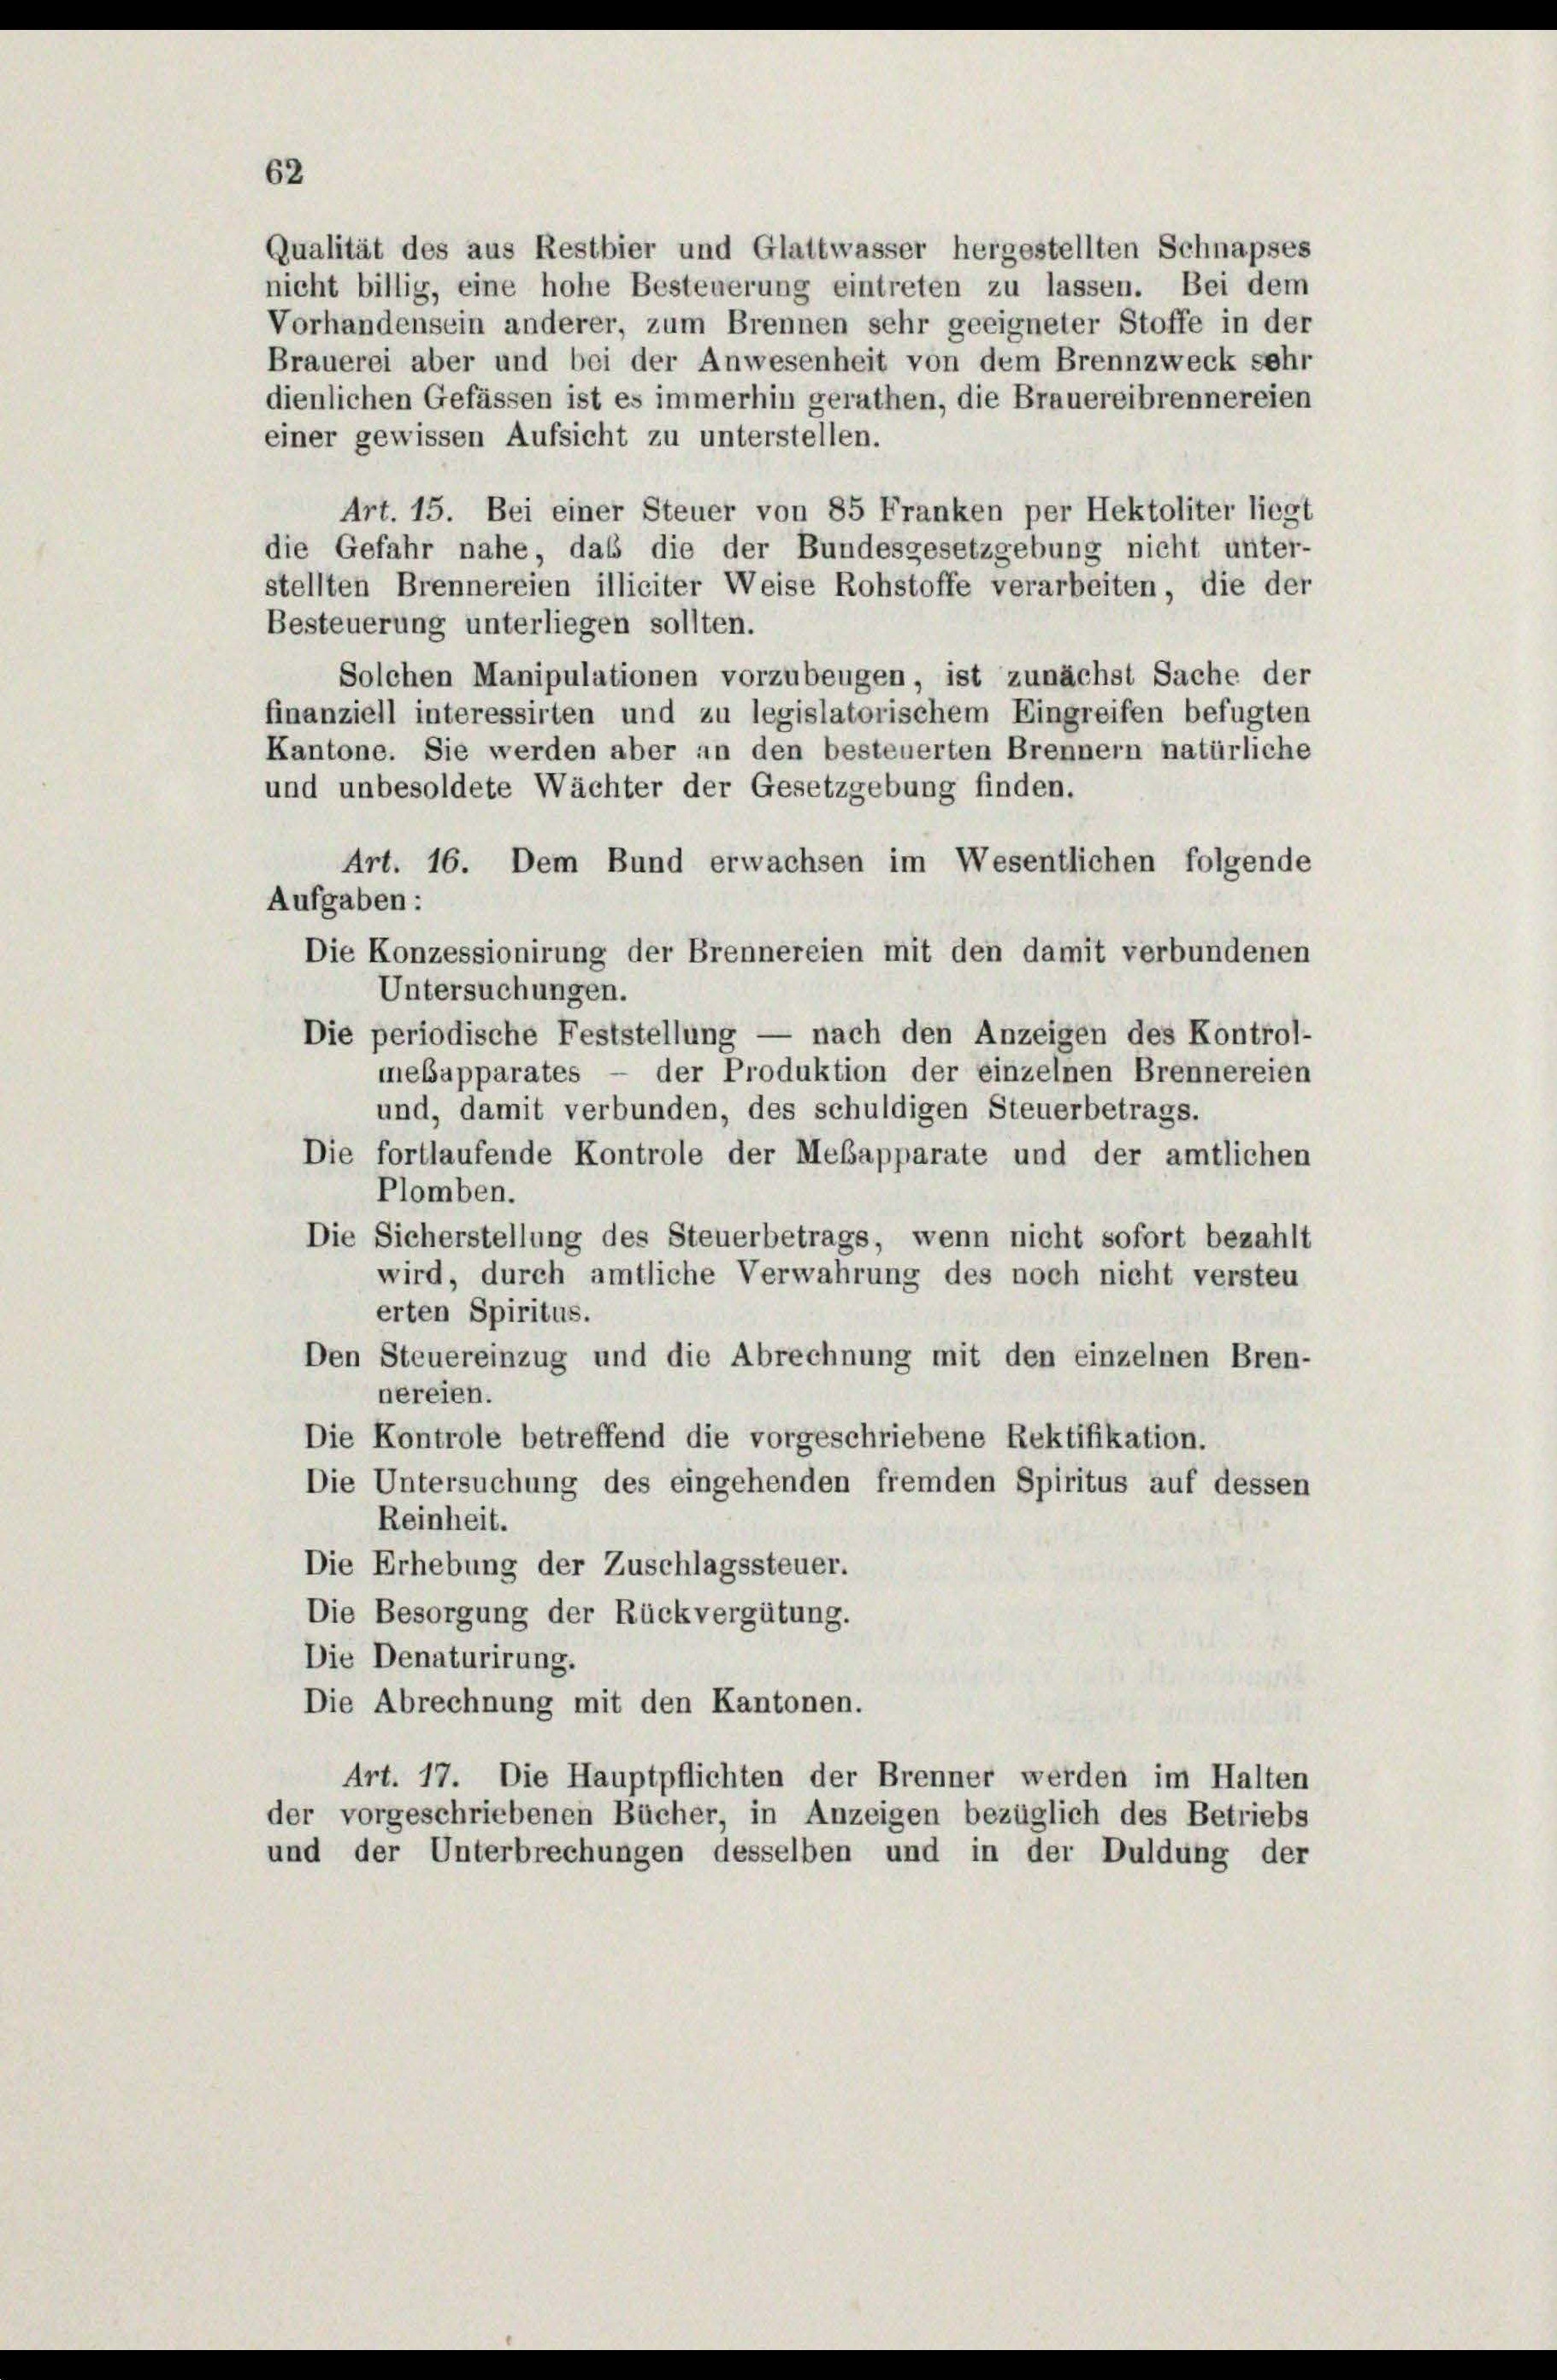
62

Qualität des aus Restbier und Glattwasser hergestellten Schnapses
nicht billig, eine hohe Besteuerung eintreten zu lassen. Bei dem
Vorhandensein anderer, zum Brennen sehr geeigneter Stoffe in der
Brauerei aber und bei der Anwesenheit von dem Brennzweck sehr
dienlichen Gefässen ist es immerhin gerathen, die Brauereibrennereien
einer gewissen Aufsicht zu unterstellen.
Art. 15. Bei einer Steuer von 85 Franken per Hektoliter liegt
die Gefahr nahe, das die der Bundesgesetzgebung nicht unter-
stellten Brennereien illiciter Weise Rohstoffe verarbeiten, die der
Besteuerung unterliegen sollten.
Solchen Manipulationen vorzubeugen, ist zunächst Sache der
finanziell interessirten und zu legislatorischem Eingreifen befugten
Kantone. Sie werden aber an den besteuerten Brennern natürliche
und unbesoldete Wächter der Gesetzgebung finden.
Art. 16. Dem Bund erwachsen im Wesentlichen folgende
Aufgaben:
Die Konzessionirung der Brennereien mit den damit verbundenen
Untersuchungen.
Die periodische Feststellung — nach den Anzeigen des Kontrol-
mebapparates — der Produktion der einzelnen Brennereien
und, damit verbunden, des schuldigen Steuerbetrags.
Die fortlaufende Kontrole der Mebapparate und der amtlichen
Plomben.
Die Sicherstellung des Steuerbetrags, wenn nicht sofort bezahlt
wird, durch amtliche Verwahrung des noch nicht versteu
erten Spiritus.
Den Steuereinzug und die Abrechnung mit den einzelnen Bren-
nereien.
Die Kontrole betreffend die vorgeschriebene Rektifikation.
Die Untersuchung des eingehenden fremden Spiritus auf dessen
Reinheit.
Die Erhebung der Zuschlagssteuer.
Die Besorgung der Rückvergütung.
Die Denaturirung.
Die Abrechnung mit den Kantonen.
Art. 17. Die Hauptpflichten der Brenner werden im Halten
der vorgeschriebenen Bücher, in Anzeigen bezüglich des Betriebs
und der Unterbrechungen desselben und in der Duldung der